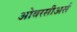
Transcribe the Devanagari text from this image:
ओवरसीअर्स